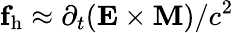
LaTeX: \mathbf f_{\mathrm{h}}\approx\partial_{t}(\mathbf E\times\mathbf M)/c^{2}